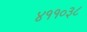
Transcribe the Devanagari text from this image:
४११०३८